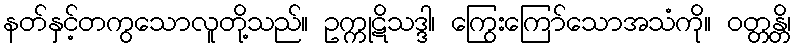
နတ်နှင့်တကွသောလူတို့သည်။ ဥက္ကုဋိသဒ္ဒါ၊ ကြွေးကြော်သောအသံကို။ ဝတ္တန္တိ၊